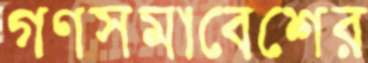
গণসমাবেশের